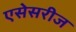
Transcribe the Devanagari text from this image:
एसेसरीज